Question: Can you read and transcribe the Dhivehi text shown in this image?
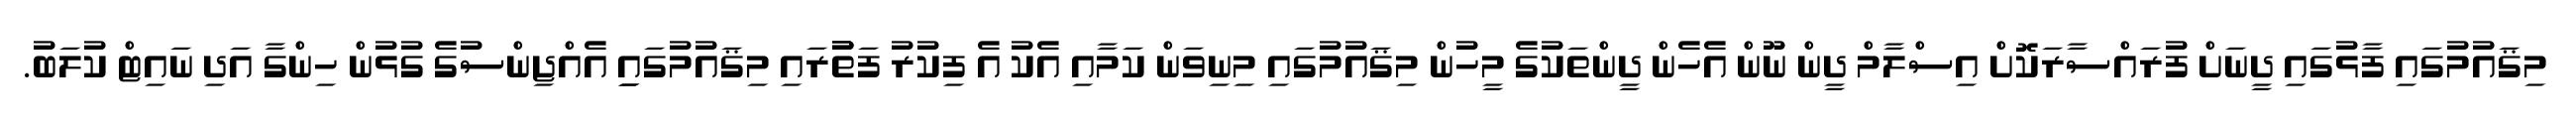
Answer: މިޤައުމުގައި ފާޅުގައި ދީނަށް ފުރައްސާރަކޮށް އިސްލާމް ދީން ނޫން އެހެން ދީންތަކުގެ މީހުން މިޤައުމުގައި މިނިވަން ކަމާއި އެކު އެ ފިކުރު ފަތުުރައި މިޤައުމުގައިި އެއްޖިންސުގެ ގުޅުން ހިންގާ އަދި ނައިޓް ކުލަބު.